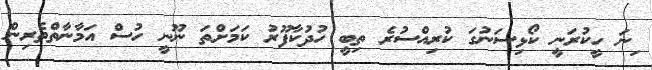
ިނަ ހީކުރަނީ ކޯޅިސަނުގަ ކުރިއްސުރެ ތިބީ ހުދުކާފޫރު ކަމަށްތަ ނޫނީ ހުސް އަމާނާތްތެރިން